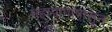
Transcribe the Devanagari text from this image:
महापापांपासून